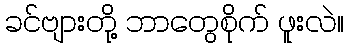
ခင်ဗျားတို့ ဘာတွေစိုက် ဖူးလဲ။